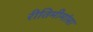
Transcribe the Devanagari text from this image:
रीतिमीमांसा